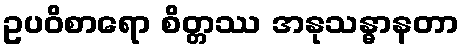
ဥပဝိစာရော စိတ္တဿ အနုသန္ဓာနတာ